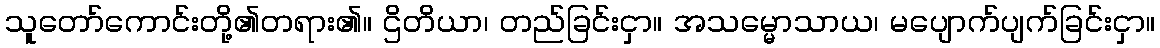
သူတော်ကောင်းတို့၏တရား၏။ ဌိတိယာ၊ တည်ခြင်းငှာ။ အသမ္မောသာယ၊ မပျောက်ပျက်ခြင်းငှာ။